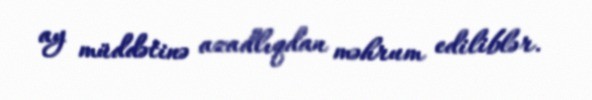
ay müddətinə azadlıqdan məhrum ediliblər.